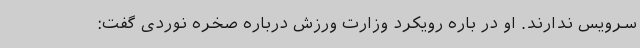
سرویس ندارند. او در باره رویکرد وزارت ورزش درباره صخره نوردی گفت: